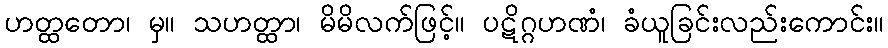
ဟတ္ထတော၊ မှ။ သဟတ္ထာ၊ မိမိလက်ဖြင့်။ ပဋိဂ္ဂဟဏံ၊ ခံယူခြင်းလည်းကောင်း။